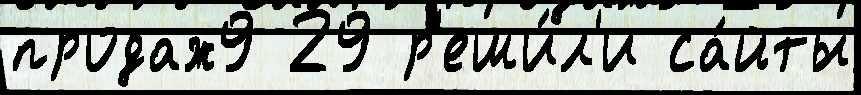
продаж9 29 р'еши́л'и са́йты